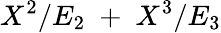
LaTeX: X^{2}/E_{2}\; +\; X^{3}/E_{3}